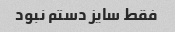
فقط سایز دستم نبود